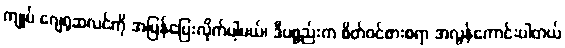
ကျုပ် ဂျေရုဆလင်ကို အမြန်ပြေးလိုက်ပါ့မယ်၊ ဒီပစ္စည်းက စိတ်ဝင်စားစရာ အလွန်ကောင်းပါတယ်